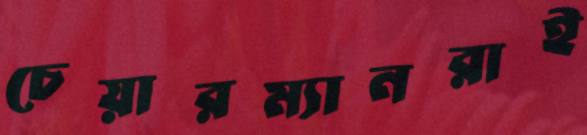
চেয়ারম্যানরাই